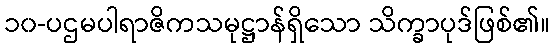
၁၀-ပဌမပါရာဇိကသမုဋ္ဌာန်ရှိသော သိက္ခာပုဒ်ဖြစ်၏။